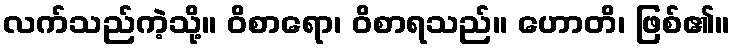
လက်သည်ကဲ့သို့။ ဝိစာရော၊ ဝိစာရသည်။ ဟောတိ၊ ဖြစ်၏။